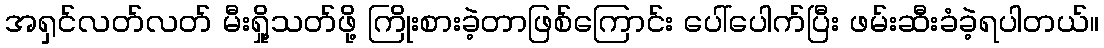
အရှင်လတ်လတ် မီးရှို့သတ်ဖို့ ကြိုးစားခဲ့တာဖြစ်ကြောင်း ပေါ်ပေါက်ပြီး ဖမ်းဆီးခံခဲ့ရပါတယ်။